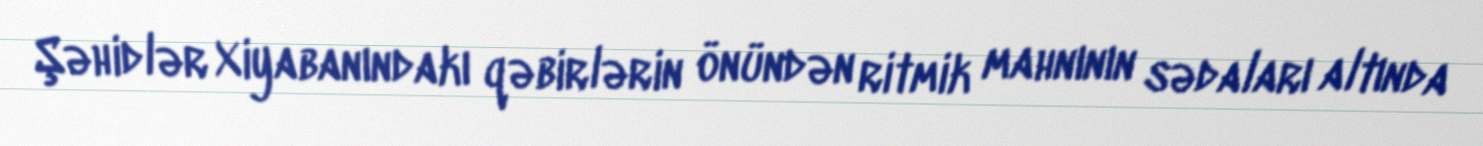
Şəhidlər Xiyabanındakı qəbirlərin önündən ritmik mahnının sədaları altında